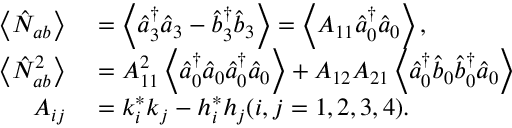
\begin{array} { r l r } { \left\langle \hat { N } _ { a b } \right\rangle } & { { } = \left\langle \hat { a } _ { 3 } ^ { \dag } \hat { a } _ { 3 } - \hat { b } _ { 3 } ^ { \dag } \hat { b } _ { 3 } \right\rangle = \left\langle A _ { 1 1 } \hat { a } _ { 0 } ^ { \dag } \hat { a } _ { 0 } \right\rangle , } & { } \\ { \left\langle \hat { N } _ { a b } ^ { 2 } \right\rangle } & { { } = A _ { 1 1 } ^ { 2 } \left\langle \hat { a } _ { 0 } ^ { \dag } \hat { a } _ { 0 } \hat { a } _ { 0 } ^ { \dag } \hat { a } _ { 0 } \right\rangle + A _ { 1 2 } A _ { 2 1 } \left\langle \hat { a } _ { 0 } ^ { \dag } \hat { b } _ { 0 } \hat { b } _ { 0 } ^ { \dag } \hat { a } _ { 0 } \right\rangle } & { } \\ { A _ { i j } } & { { } = k _ { i } ^ { \ast } k _ { j } - h _ { i } ^ { \ast } h _ { j } ( i , j = 1 , 2 , 3 , 4 ) . } & { } \end{array}